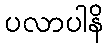
ပလာပါနိ